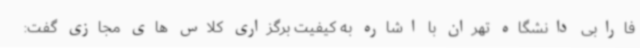
فارابی دانشگاه تهران با اشاره به کیفیت برگزاری کلاس های مجازی گفت: